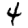
Digit: 4